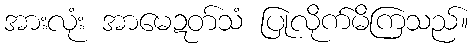
အားလုံး အာမေဍတ်သံ ပြုလိုက်မိကြသည်။